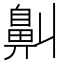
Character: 鼼